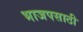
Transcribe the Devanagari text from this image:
भाजपसाठी